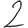
Digit: 2